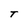
Character: T